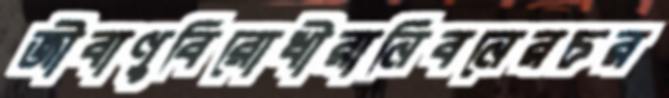
জীবাণুবিরোধীরানিবনেরচর